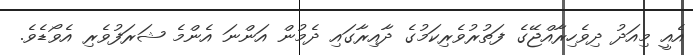
އެއީ މިއަދު ދިވެހިރާއްޖޭގެ ފަތުރުވެރިކަމުގެ ދާއިރާގައި ދެމުން އަންނަ އެންމެ ޝަރަފުވެރި އެވޯޑެވެ.